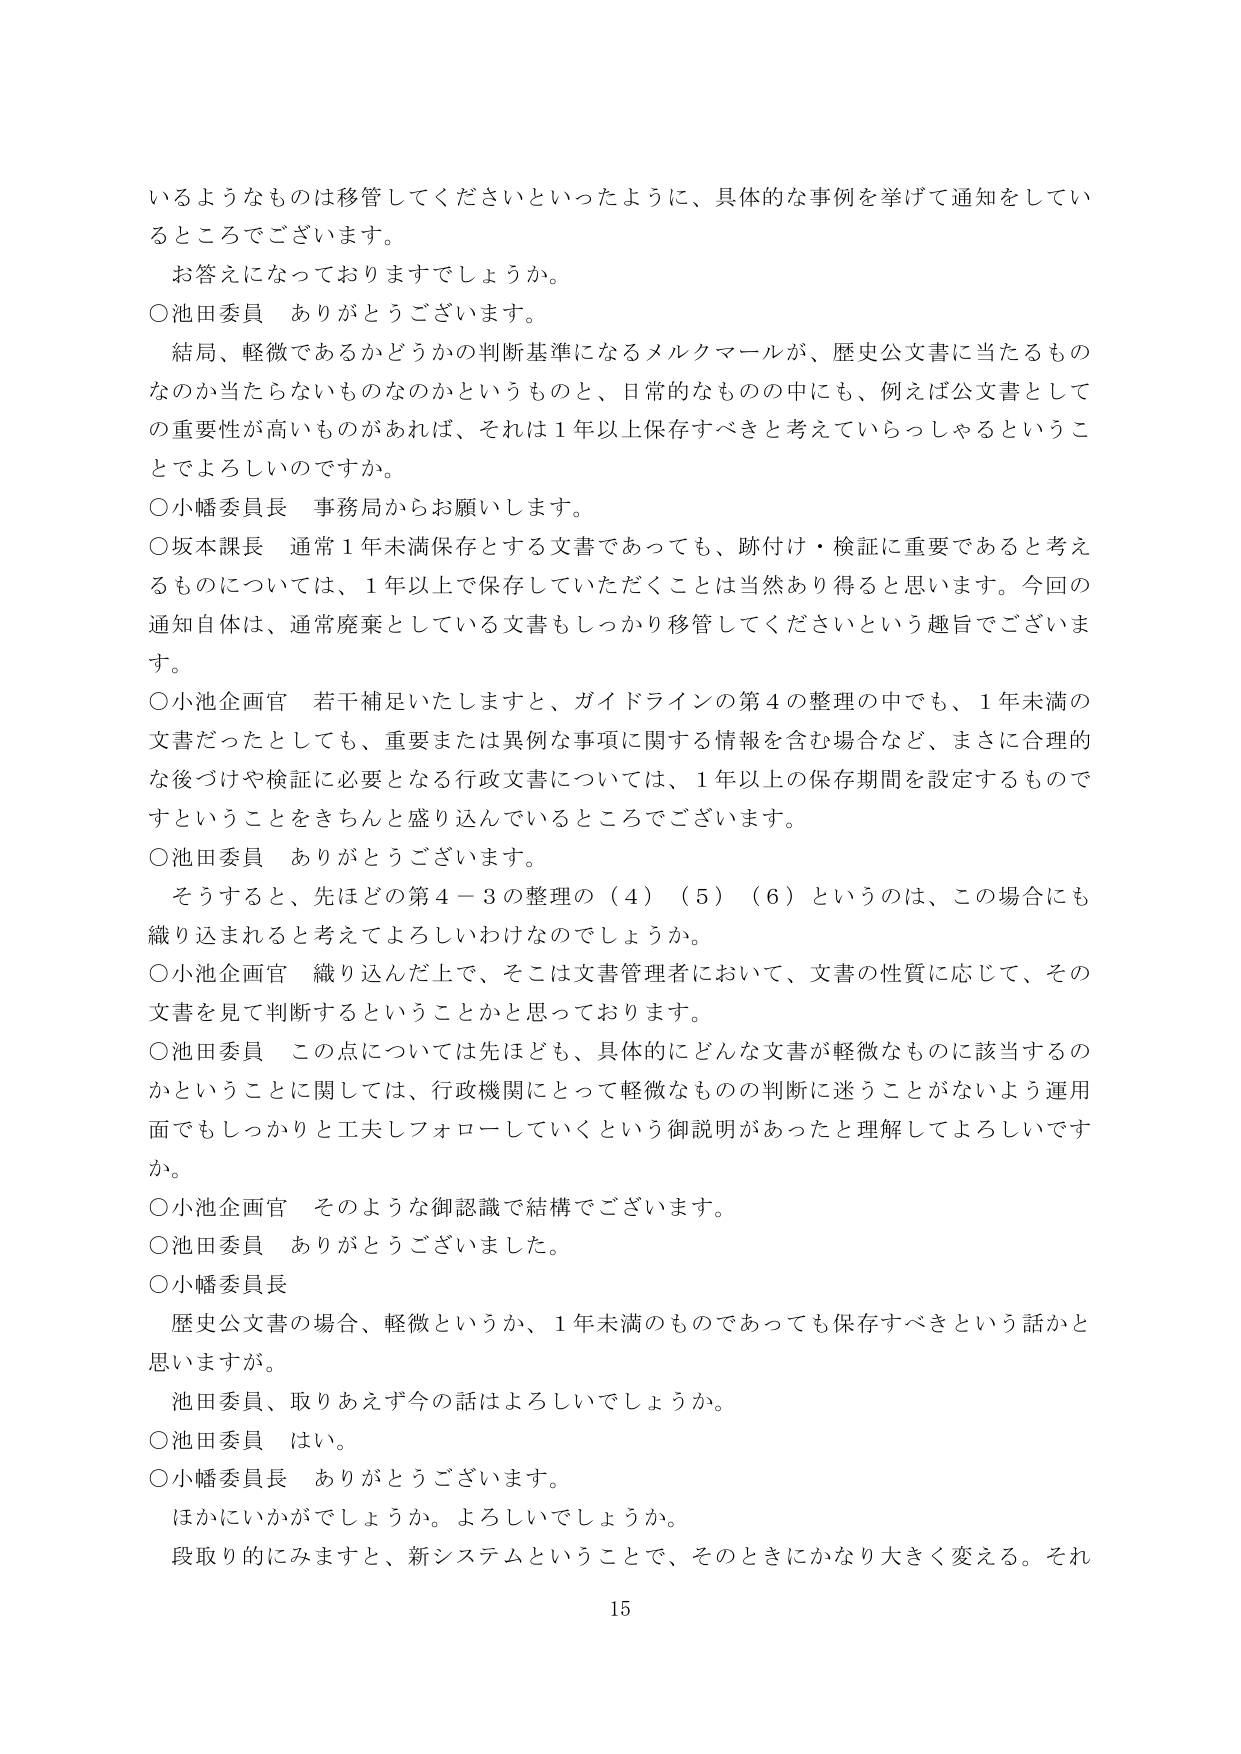
いるようなものは移管してくださいといったように、具体的な事例を挙げて通知をしているところでございます。

お答えになっておりますでしょうか。

○池田委員　ありがとうございます。

結局、軽微であるかどうかの判断基準になるメルクマールが、歴史公文書に当たるものなのか当たらないものなのかというのもと、日常的なものの中にも、例えば公文書としての重要性が高いものがあれば、それは１年以上保存すべきと考えていらっしゃるということでしょうか。

○小幡委員長　事務局からお願いします。

○坂本課長　通常１年未満保存とする文書であっても、跡付け・検証に重要であると考えるものについては、１年以上で保存していただくことは当然あり得ると思います。今回の通知自体は、通常廃棄としている文書もしっかり移管してくださいという趣旨でございます。

○小池企画官　若干補足いたしますと、ガイドラインの第４の整理の中でも、１年未満の文書だったとしても、重要または異例な事項に関する情報を含む場合など、まさに合理的な後づけや検証に必要となる行政文書については、１年以上の保存期間を設定するものだということをきちんと盛り込んでいるところでございます。

○池田委員　ありがとうございます。

そうすると、先ほどの第４－３の整理の（４）（５）（６）というのは、この場合にも織り込まれると考えてよろしいわけなのでしょうか。

○小池企画官　織り込んだ上で、そこは文書管理者において、文書の性質に応じて、その文書を見て判断するということかと思っております。

○池田委員　この点については先ほども、具体的にどんな文書が軽微なものに該当するのかということに関しては、行政機関にとって軽微なものの判断に迷うことがないよう運用面でもしっかりと工夫しフォローしていくという御説明があったと理解してよろしいですか。

○小池企画官　そのような御認識で結構でございます。

○池田委員　ありがとうございました。

○小幡委員長

歴史公文書の場合、軽微というか、１年未満のものであっても保存すべきという話かと思いますが。

池田委員、取りあえず今の話はよろしいでしょうか。

○池田委員　はい。

○小幡委員長　ありがとうございます。

ほかにいかがでしょうか。よろしいでしょうか。

段取り的にみますと、新システムということで、そのときにかなり大きく変える。それ

15